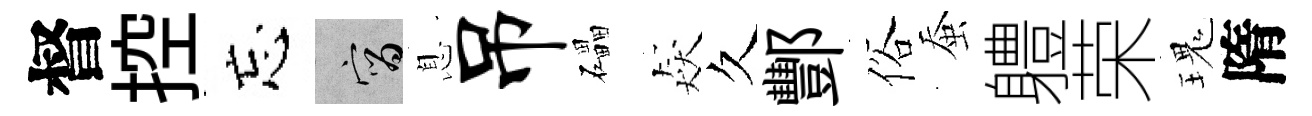
督控忘宵息吊礧猋久酆俗蚕軆荣瑰隋